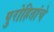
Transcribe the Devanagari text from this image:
पुरोहितांचे